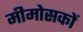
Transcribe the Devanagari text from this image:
मीमोसकों